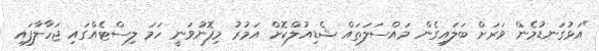
"އަޅުގަނޑުމެން ވަރަށް ބަލައިގެން މައްސަލަތައް ޝެޑިއުލްކޮށް އަމުރު މިފޮނުވަނީ ހަމަ ލިސްޓެއްގައި ޖަހާލާފައި